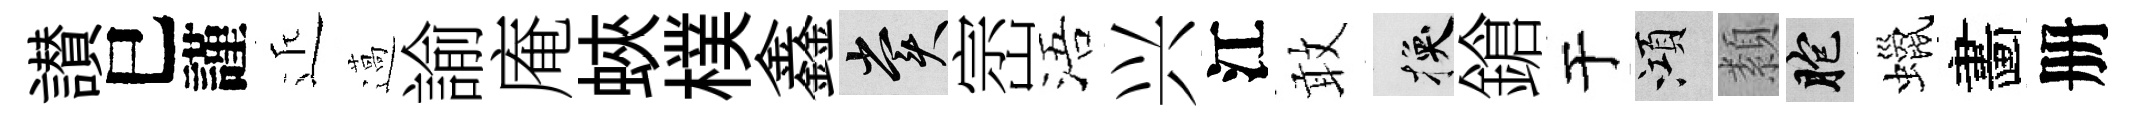
讃巳謹近薖諭庵蛺樸鑫賞崈浯兴江敢换鎗于澒纇胞蠟畵册